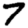
Digit: 7